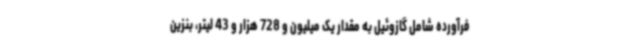
فرآورده شامل گازوئیل به مقدار یک میلیون و 728 هزار و 43 لیتر، بنزین